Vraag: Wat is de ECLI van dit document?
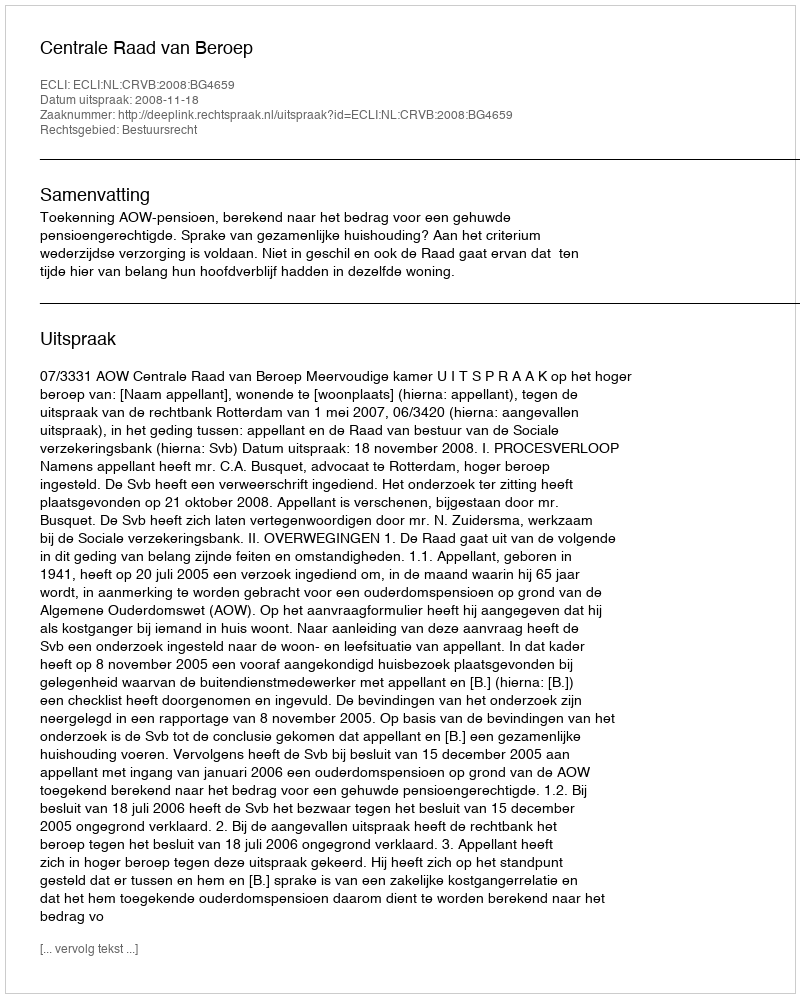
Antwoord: ECLI:NL:CRVB:2008:BG4659